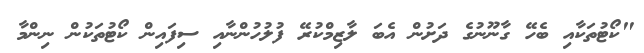
"ކޯޓުތަކާއި ބެހޭ ގާނޫނުގެ ދަށުން އެބަ ލާޒިމްކުރޭ ފުލުހުންނާއި ސިފައިން ކޯޓުތަކުން ނިންމާ